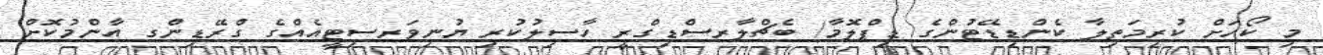
މި ކޯހަށް ކުރިމަތިލާ ކެންޑިޑޭޓުންގެ ޑިޕްލޮމާ/ ބެޗްލާރސްޑިގްރީ ހާސިލުކުރި ޔުނިވަރސިޓީއެއްގެ ގްރޭޑިންގ އާންމުކޮށް